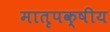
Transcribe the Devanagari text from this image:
मातृपक्षीय